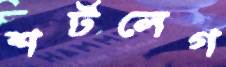
শর্টলেগ